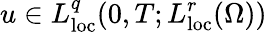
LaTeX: u\in L_{\mathrm{loc}}^{q}(0,T;L_{\mathrm{loc}}^{r}(\Omega))